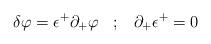
LaTeX: \begin{align*}\delta\varphi=\epsilon^+\partial_+\varphi\;\;\; ; \;\;\;\partial_+\epsilon^+ =0\end{align*}